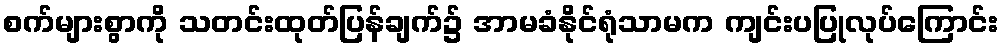
စက်များစွာကို သတင်းထုတ်ပြန်ချက်၌ အာမခံနိုင်ရုံသာမက ကျင်းပပြုလုပ်ကြောင်း